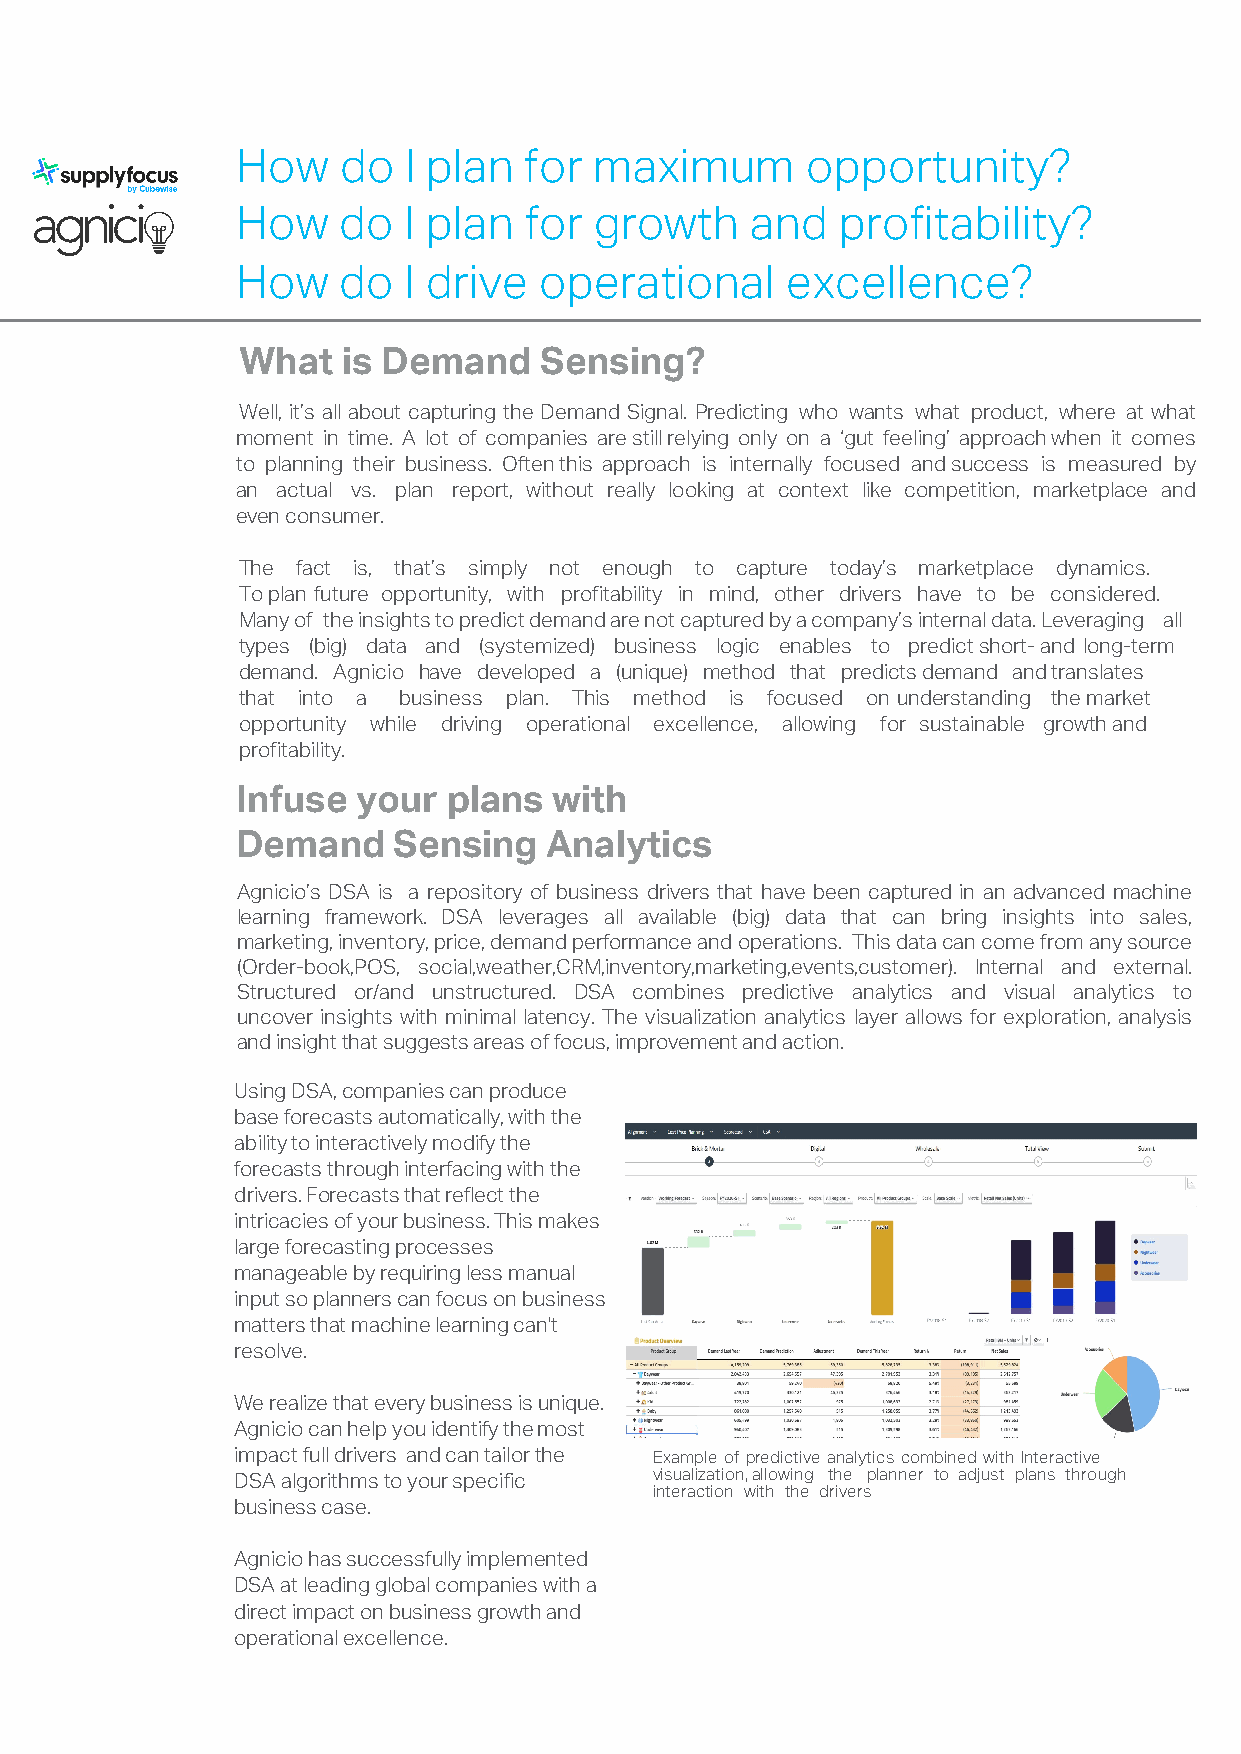
How   do   I plan  for maximum       opportunity?
 How   do   I plan  for growth     and  profitability?
 How   do   I drive  operational     excellence?
 What   is Demand    Sensing?
 Well, it’s all about capturing the Demand Signal. Predicting who wants what product, where at what
 moment in time. A lot of companies are still relying only on a ‘gut feeling’ approach when it comes
 to planning their business. Often this approach is internally focused and success is measured by
 an actual vs. plan report, without really looking at context like competition, marketplace and
 even consumer.
 The fact is, that’s simply not enough to capture today’s marketplace dynamics.
 To plan future opportunity, with profitability in mind, other drivers have to be considered.
 Many of the insights to predict demand are not captured by a company’s internal data. Leveraging all
 types (big) data and (systemized) business logic enables to predict short- and long-term
 demand. Agnicio have developed a (unique) method that predicts demand and translates
 that into a business plan. This method is focused on understanding the market
 opportunity while driving operational excellence, allowing for sustainable growth and
 profitability.
 Infuse  your  plans  with
 Demand    Sensing   Analytics
 Agnicio’s DSA is a repository of business drivers that have been captured in an advanced machine
 learning framework. DSA leverages all available (big) data that can bring insights into sales,
 marketing, inventory, price, demand performance and operations. This data can come from any source
 (Order-book,POS, social,weather,CRM,inventory,marketing,events,customer). Internal and external.
 Structured or/and unstructured. DSA combines predictive analytics and visual analytics to
 uncover insights with minimal latency. The visualization analytics layer allows for exploration, analysis
 and insight that suggests areas of focus, improvement and action.
 Using DSA, companies can produce
 base forecasts automatically, with the
 ability to interactively modify the
 forecasts through interfacing with the
 drivers. Forecasts that reflect the
 intricacies of your business. This makes
 large forecasting processes
 manageable by requiring less manual
 input so planners can focus on business
 matters that machine learning can't
 resolve.
 We realize that every business is unique.
 Agnicio can help you identify the most
 impact full drivers and can tailor the Example of predictive analytics combined with Interactive
 visualization, allowing the planner to adjust plans through
 DSA algorithms to your specific
 interaction with the drivers
 business case.
 Agnicio has successfully implemented
 DSA at leading global companies with a
 direct impact on business growth and
 operational excellence.